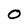
Character: 0